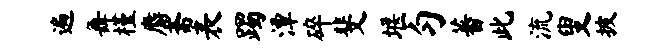
遍舞槿麝斋表躅潭碎斐堰匀蕃此流叟披